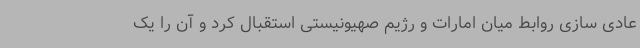
عادی سازی روابط میان امارات و رژیم صهیونیستی استقبال کرد و آن را یک